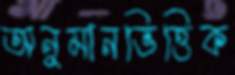
অনুমানভিত্তিক